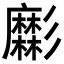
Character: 𢒹